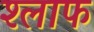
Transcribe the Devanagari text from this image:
श्लाफ